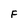
Character: F